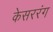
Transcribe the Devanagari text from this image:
केसररंग